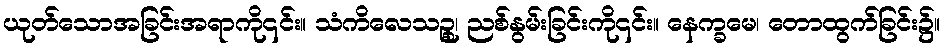
ယုတ်သောအခြင်းအရာကို၎င်း။ သံကိလေသဉ္စု၊ ညစ်နွမ်းခြင်းကို၎င်း။ နေက္ခမေ၊ တောထွက်ခြင်း၌။